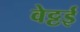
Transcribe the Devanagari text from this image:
वेट्टई